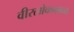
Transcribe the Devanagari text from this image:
वीरलोककाव्य